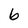
Character: b